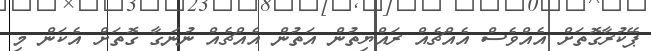
ޕޭކުރާގޮތަށް އެއްވެސް އެއްޗެއް ރައްޔިތުން އަތުން އެއްޗެއް ނުނަގާ ގޮތަށް އެކަން މި